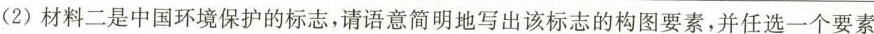
(2)材料二是中国环境保护的标志，请语意简明地写出该标志的构图要素，并任选一个要素